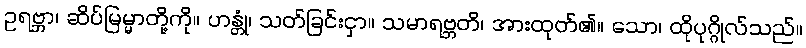
ဥရဗ္ဘာ၊ ဆိပ်မြမ္မာတို့ကို။ ဟန္တုံ၊ သတ်ခြင်းငှာ။ သမာရဗ္ဘတိ၊ အားထုတ်၏။ သော၊ ထိုပုဂ္ဂိုလ်သည်။